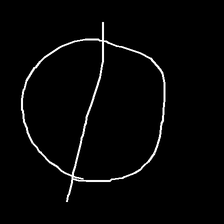
Glyph: orb